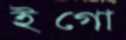
ইগো